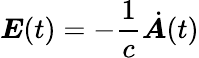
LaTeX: \boldsymbol E(t)=-\frac{1}{c}\dot{\boldsymbol A}(t)